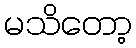
မသိတော့